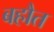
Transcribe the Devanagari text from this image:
बहौत